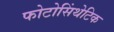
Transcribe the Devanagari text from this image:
फोटोसिंथेटिक